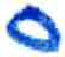
אות: ס